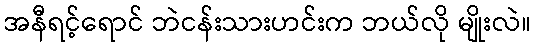
အနီရင့်ရောင် ဘဲငန်းသားဟင်းက ဘယ်လို မျိုးလဲ။